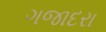
ગજાદરા